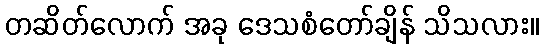
တဆိတ်လောက် အခု ဒေသစံတော်ချိန် သိသလား။